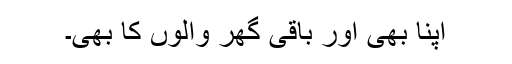
اپنا بھی اور باقی گھر والوں کا بھی۔